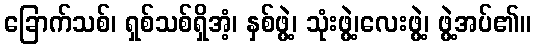
ခြောက်သစ်၊ ရှစ်သစ်ရှိအံ့၊ နှစ်ဖွဲ့၊ သုံးဖွဲ့၊လေးဖွဲ့၊ ဖွဲ့အပ်၏။